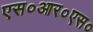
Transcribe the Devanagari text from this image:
एस०आर०एस०